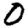
Digit: 0